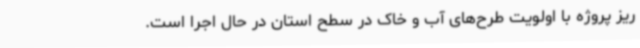
ریز پروژه با اولویت طرح‌های آب و خاک در سطح استان در حال اجرا است.